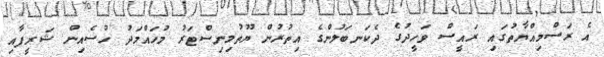
އެ ރަސްމިއްޔާތުގައި ރައީސް ވަހީދުގެ ދެކަނބަލުންގެ އިތުރުން ޔޫތުމިނިސްޓަރު މުހައްމަދު ހުސެއިން ޝަރީފާއި